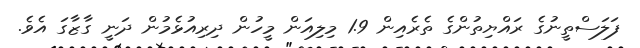
ފަލަސްތީނުގެ ރައްޔިތުންގެ ތެރެއިން 1.9 މިލިއަން މީހުން ދިރިއުޅެމުން ދަނީ ގާޒާގަ އެވެ.